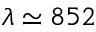
\lambda \simeq 8 5 2